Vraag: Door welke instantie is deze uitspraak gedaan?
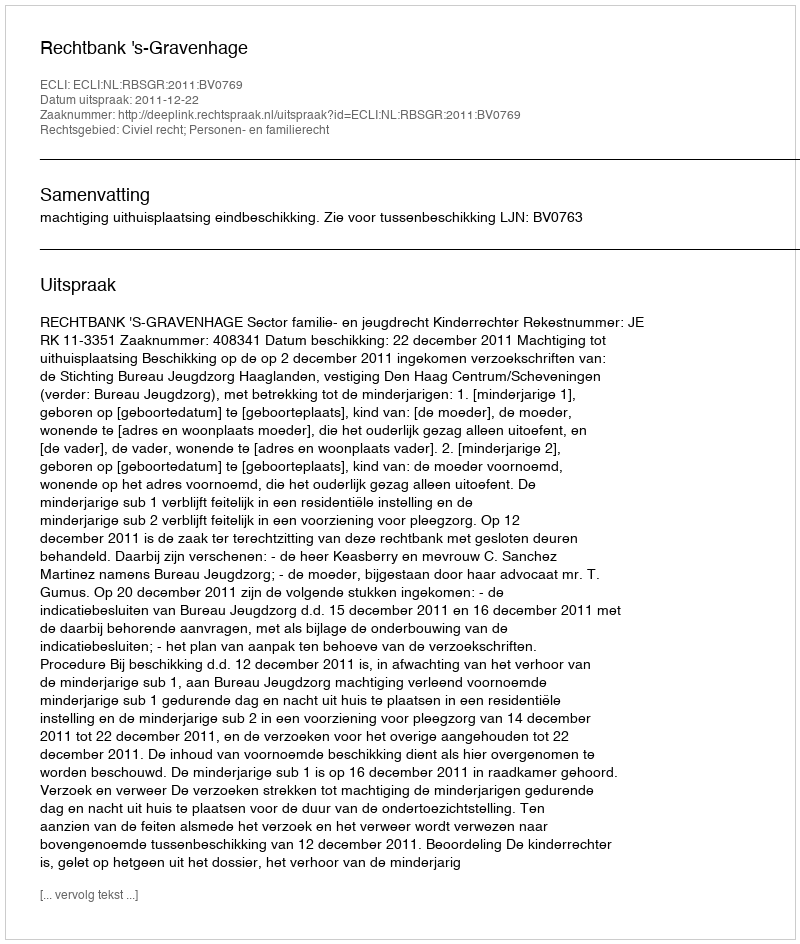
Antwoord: Rechtbank 's-Gravenhage